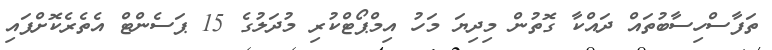
ތަފާސްހިސާބުތައް ދައްކާ ގޮތުން މިދިޔަ މަހު އިމްޕޯޓްކުރި މުދަލުގެ 15 ޕަސެންޓް އެތެރެކޮށްފައި